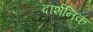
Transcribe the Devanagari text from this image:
दार्शनिक